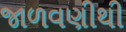
જાળવણીથી